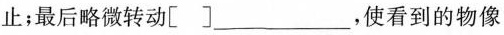
止；最后略微转动[ ]___，使看到的物像